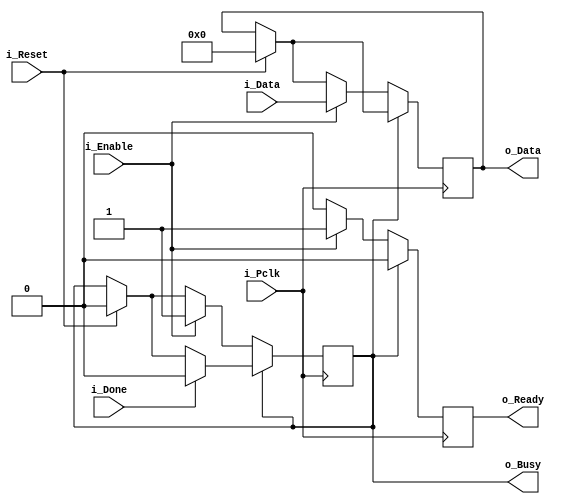
// Tx data register

module txdatreg(
  input       i_Pclk,   
  input       i_Enable, 
  input       i_Reset,
  input       i_Done,
  input [7:0] i_Data,
  output reg       o_Ready,
  output reg       o_Busy,
  output reg [7:0] o_Data
  );

  always @ (posedge i_Pclk) begin
    o_Ready <= 0;
    if (i_Reset) begin // toroljuk az adatot benne
      o_Data <= 8'b0;
      o_Busy <= 0;
    end
    if (o_Busy) begin // ha elfoglalt nem lehet irni
      if (i_Done) begin // txshift befejezte a byte kuldest
        o_Busy <= 0;
      end
    end else begin // ha szabad
      if (i_Enable) begin // es irni szeretnenk
        o_Data <= i_Data; 
        o_Busy <= 1; 
        o_Ready <= 1; // sikeresen atvettuk
      end
    end
  end
endmodule